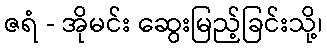
ဇရံ - အိုမင်း ဆွေးမြည့်ခြင်းသို့၊